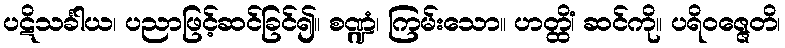
ပဋိသင်္ခါယ၊ ပညာဖြင့်ဆင်ခြင်၍။ စဏ္ဍံ၊ ကြမ်းသော။ ဟတ္ထိံ၊ ဆင်ကို။ ပရိဝဇ္ဇေတိ၊